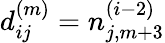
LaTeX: d_{ij}^{(m)}=n_{j,m+3}^{(i-2)}